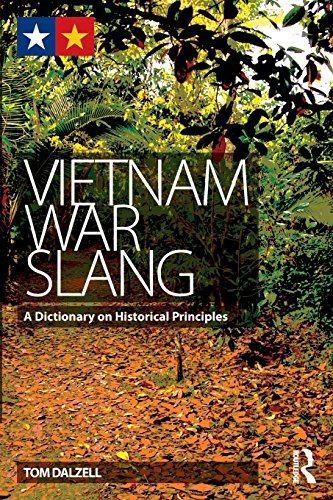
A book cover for Vietnam War Slang: A Dictionary on Historical Principles; Tom Dalzell; Reference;